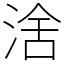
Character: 涻